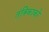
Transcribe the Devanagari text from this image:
तंत्रिकाको